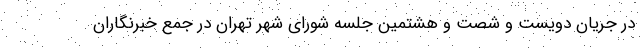
در جریان دویست و شصت و هشتمین جلسه شورای شهر تهران در جمع خبرنگاران